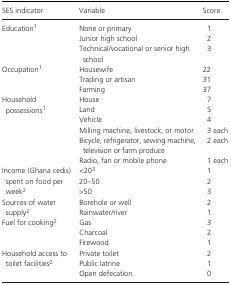
<table><thead><tr><td><b>SES indicator</b></td><td><b>Variable</b></td><td><b>Score</b></td></tr></thead><tbody><tr><td rowspan="3">Educationa</td><td>None or primary</td><td>1</td></tr><tr><td>Junior high school</td><td>2</td></tr><tr><td>Technical/vocational or senior high school</td><td>3</td></tr><tr><td rowspan="3">Occupationa</td><td>Housewife</td><td>22</td></tr><tr><td>Trading or artisan</td><td>31</td></tr><tr><td>Farming</td><td>37</td></tr><tr><td rowspan="6">Household possessionsa</td><td>House</td><td>7</td></tr><tr><td>Land</td><td>5</td></tr><tr><td>Vehicle</td><td>4</td></tr><tr><td>Milling machine, livestock, or motor</td><td>3 each</td></tr><tr><td>Bicycle, refrigerator, sewing machine, television or farm produce</td><td>2 each</td></tr><tr><td>Radio, fan or mobile phone</td><td>1 each</td></tr><tr><td rowspan="3">Income (Ghana cedis) spent on food per weekb</td><td>&lt;20c</td><td>1</td></tr><tr><td>20–50</td><td>2</td></tr><tr><td>&gt;50</td><td>3</td></tr><tr><td rowspan="2">Sources of water supplyb</td><td>Borehole or well</td><td>2</td></tr><tr><td>Rainwater/river</td><td>1</td></tr><tr><td rowspan="3">Fuel for cookingb</td><td>Gas</td><td>3</td></tr><tr><td>Charcoal</td><td>2</td></tr><tr><td>Firewood</td><td>1</td></tr><tr><td rowspan="3">Household access to toilet facilitiesb</td><td>Private toilet</td><td>2</td></tr><tr><td>Public latrine</td><td>1</td></tr><tr><td>Open defecation</td><td>0</td></tr></tbody></table>